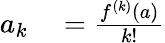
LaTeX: \begin{array}{rl}{a_{k}}&{{}={\frac{f^{(k)}(a)}{k!}}}\end{array}